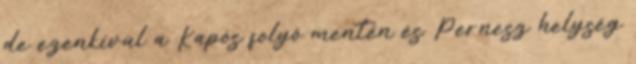
de ezenkívül a Kapós folyó mentén és Pernesz helység